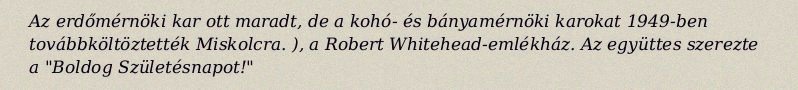
Az erdőmérnöki kar ott maradt, de a kohó- és bányamérnöki karokat 1949-ben továbbköltöztették Miskolcra. ), a Robert Whitehead-emlékház. Az együttes szerezte a "Boldog Születésnapot!"